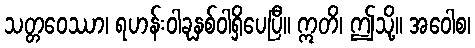
သတ္တဝေဿာ၊ ရဟန်းဝါခုနှစ်ဝါရှိပေပြီ။ ဣတိ၊ ဤသို့။ အဝေါစ၊